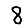
Digit: 8